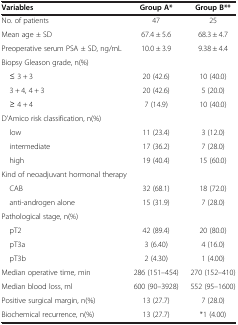
<table><thead><tr><td><b>Variables</b></td><td><b>Group A*</b></td><td><b>Group B**</b></td></tr></thead><tbody><tr><td>No. of patients</td><td>47</td><td>25</td></tr><tr><td>Mean age ± SD</td><td>67.4 ± 5.6</td><td>68.3 ± 4.7</td></tr><tr><td>Preoperative serum PSA ± SD, ng/mL</td><td>10.0 ± 3.9</td><td>9.38 ± 4.4</td></tr><tr><td colspan="3">Biopsy Gleason grade, n(%)</td></tr><tr><td> ≤ 3 + 3</td><td>20 (42.6)</td><td>10 (40.0)</td></tr><tr><td> 3 + 4, 4 + 3</td><td>20 (42.6)</td><td>5 (20.0)</td></tr><tr><td> ≥ 4 + 4</td><td>7 (14.9)</td><td>10 (40.0)</td></tr><tr><td colspan="3">D’Amico risk classification, n(%)</td></tr><tr><td> low</td><td>11 (23.4)</td><td>3 (12.0)</td></tr><tr><td> intermediate</td><td>17 (36.2)</td><td>7 (28.0)</td></tr><tr><td> high</td><td>19 (40.4)</td><td>15 (60.0)</td></tr><tr><td colspan="3">Kind of neoadjuvant hormonal therapy</td></tr><tr><td> CAB</td><td>32 (68.1)</td><td>18 (72.0)</td></tr><tr><td> anti-androgen alone</td><td>15 (31.9)</td><td>7 (28.0)</td></tr><tr><td colspan="3">Pathological stage, n(%)</td></tr><tr><td> pT2</td><td>42 (89.4)</td><td>20 (80.0)</td></tr><tr><td> pT3a</td><td>3 (6.40)</td><td>4 (16.0)</td></tr><tr><td> pT3b</td><td>2 (4.30)</td><td>1 (4.00)</td></tr><tr><td>Median operative time, min</td><td>286 (151–454)</td><td>270 (152–410)</td></tr><tr><td>Median blood loss, ml</td><td>600 (90–3928)</td><td>552 (95–1600)</td></tr><tr><td>Positive surgical margin, n(%)</td><td>13 (27.7)</td><td>7 (28.0)</td></tr><tr><td>Biochemical recurrence, n(%)</td><td>13 (27.7)</td><td>*1 (4.00)</td></tr></tbody></table>